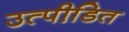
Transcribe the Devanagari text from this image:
उत्पीडि़त